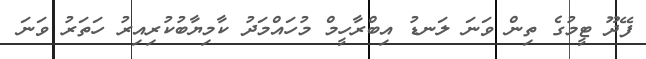
ފޭދޫ ޓީމުގެ ތިން ވަނަ ލަނޑު އިބްރާހީމް މުހައްމަދު ކާމިޔާބުކުރިއިރު ހަތަރު ވަނަ